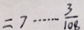
= 7 \cdots \frac { 3 } { 1 0 8 }